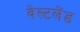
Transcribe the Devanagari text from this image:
वेस्टलेंड